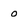
Character: o